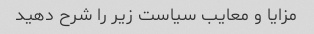
مزایا و معایب سیاست زیر را شرح دهید